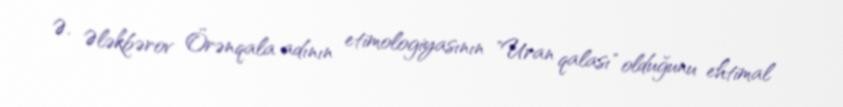
Ə. Ələkbərov Örənqala adının etimologiyasının "Uran qalası" olduğunu ehtimal